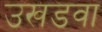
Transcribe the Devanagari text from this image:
उखडवा